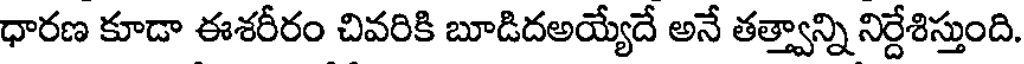
ధారణ కూడా ఈశరీరం చివరికి బూడిదఅయ్యేదే అనే తత్త్వాన్ని నిర్దేశిస్తుంది.